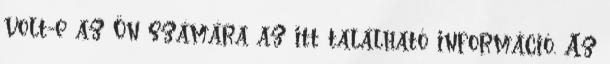
volt-e az Ön számára az itt található információ. Az